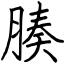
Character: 腠